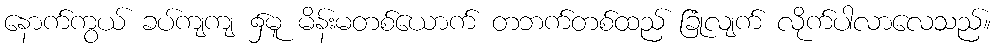
နောက်ကွယ် ခပ်ကျကျ ၌မူ မိန်းမတစ်ယောက် တဘက်တစ်ထည် ခြုံလျက် လိုက်ပါလာလေသည်။